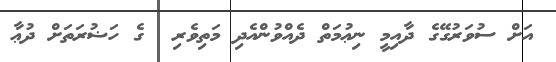
އަށް ސުވަރުގޭގެ ދާއިމީ ނިޢުމަތް ދެއްވުންއެދި މަތިވެރި  ގެ ހަޟުރަތަށް ދުޢާ